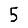
Digit: 5